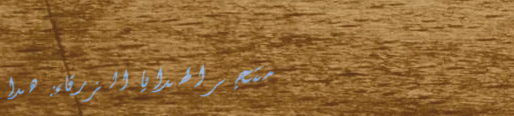
متجر الهدايا الزرقاء: هدا